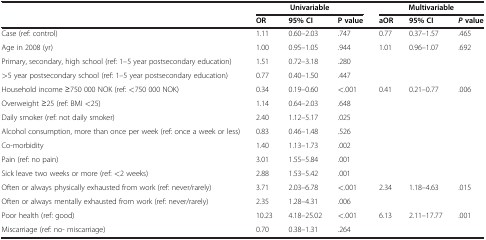
<table><thead><tr><td rowspan="2"><b> </b></td><td colspan="3"><b>Univariable</b></td><td colspan="3"><b>Multivariable</b></td></tr><tr><td><b>OR</b></td><td><b>95% CI</b></td><td><b>P value</b></td><td><b>aOR</b></td><td><b>95% CI</b></td><td><b><i>P</i>value</b></td></tr></thead><tbody><tr><td>Case (ref: control)</td><td>1.11</td><td>0.60–2.03</td><td>.747</td><td>0.77</td><td>0.37–1.57</td><td>.465</td></tr><tr><td>Age in 2008 (yr)</td><td>1.00</td><td>0.95–1.05</td><td>.944</td><td>1.01</td><td>0.96–1.07</td><td>.692</td></tr><tr><td>Primary, secondary, high school (ref: 1–5 year postsecondary education)</td><td>1.51</td><td>0.72–3.18</td><td>.280</td><td> </td><td> </td><td> </td></tr><tr><td>&gt;5 year postsecondary school (ref: 1–5 year postsecondary education)</td><td>0.77</td><td>0.40–1.50</td><td>.447</td><td> </td><td> </td><td> </td></tr><tr><td>Household income ≥750 000 NOK (ref: &lt;750 000 NOK)</td><td>0.34</td><td>0.19–0.60</td><td>&lt;.001</td><td>0.41</td><td>0.21–0.77</td><td>.006</td></tr><tr><td>Overweight ≥25 (ref: BMI &lt;25)</td><td>1.14</td><td>0.64–2.03</td><td>.648</td><td> </td><td> </td><td> </td></tr><tr><td>Daily smoker (ref: not daily smoker)</td><td>2.40</td><td>1.12–5.17</td><td>.025</td><td> </td><td> </td><td> </td></tr><tr><td>Alcohol consumption, more than once per week (ref: once a week or less)</td><td>0.83</td><td>0.46–1.48</td><td>.526</td><td> </td><td> </td><td> </td></tr><tr><td>Co-morbidity</td><td>1.40</td><td>1.13–1.73</td><td>.002</td><td> </td><td> </td><td> </td></tr><tr><td>Pain (ref: no pain)</td><td>3.01</td><td>1.55–5.84</td><td>.001</td><td> </td><td> </td><td> </td></tr><tr><td>Sick leave two weeks or more (ref: &lt;2 weeks)</td><td>2.88</td><td>1.53–5.42</td><td>.001</td><td> </td><td> </td><td> </td></tr><tr><td>Often or always physically exhausted from work (ref: never/rarely)</td><td>3.71</td><td>2.03–6.78</td><td>&lt;.001</td><td>2.34</td><td>1.18–4.63</td><td>.015</td></tr><tr><td>Often or always mentally exhausted from work (ref: never/rarely)</td><td>2.35</td><td>1.28–4.31</td><td>.006</td><td> </td><td> </td><td> </td></tr><tr><td>Poor health (ref: good)</td><td>10.23</td><td>4.18–25.02</td><td>&lt;.001</td><td>6.13</td><td>2.11–17.77</td><td>.001</td></tr><tr><td>Miscarriage (ref: no- miscarriage)</td><td>0.70</td><td>0.38–1.31</td><td>.264</td><td> </td><td> </td><td> </td></tr></tbody></table>